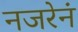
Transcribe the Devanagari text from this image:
नजरेनं